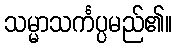
သမ္မာသင်္ကပ္ပမည်၏။